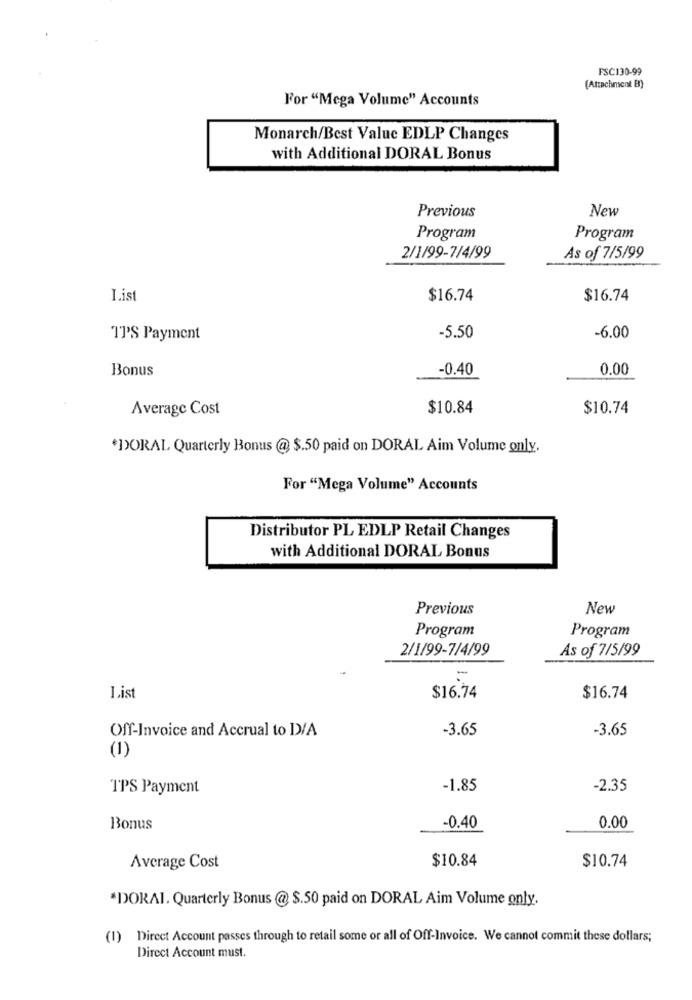
FSC130-99
(Attachment B)
For "Mega Volume" Accounts
Monarch/Best Value EDLP Changes
with Additional DORAL Bonus
Previous
New
Program
Program
2/1/99-7/4/99
As of 7/5/99
I.ist
$16.74
$16.74
TPS Payment
-5.50
-6.00
Bonus
-0.40
0.00
Average Cost
$10.84
$10.74
*DORAL Quarterly Bonus @ $.50 paid on DORAL Aim Volume only.
For "Mega Volume" Accounts
Distributor PL EDLP Retail Changes
with Additional DORAL Bonus
Previous
New
Program
Program
2/1/99-7/4/99
As of 7/5/99
=
I.ist
$16.74
$16.74
Off-Invoice and Accrual to DVA
-3.65
-3.65
(1)
TPS Payment
-1.85
-2.35
-0.40
Bonus
0.00
$10.84
Average Cost
$10.74
*DORAL. Quarterly Bonus @ $.50 paid on DORAL Aim Volume only.
(1) Direct Account passes through to retail some or all of Off-Invoice. We cannot commit these dollars;
Direct Account must.